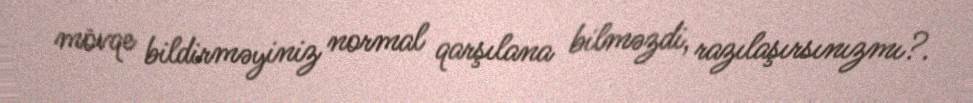
mövqe bildirməyiniz normal qarşılana bilməzdi, razılaşırsınızmı?.